Scottish Leaving Certificate Examination, 1953
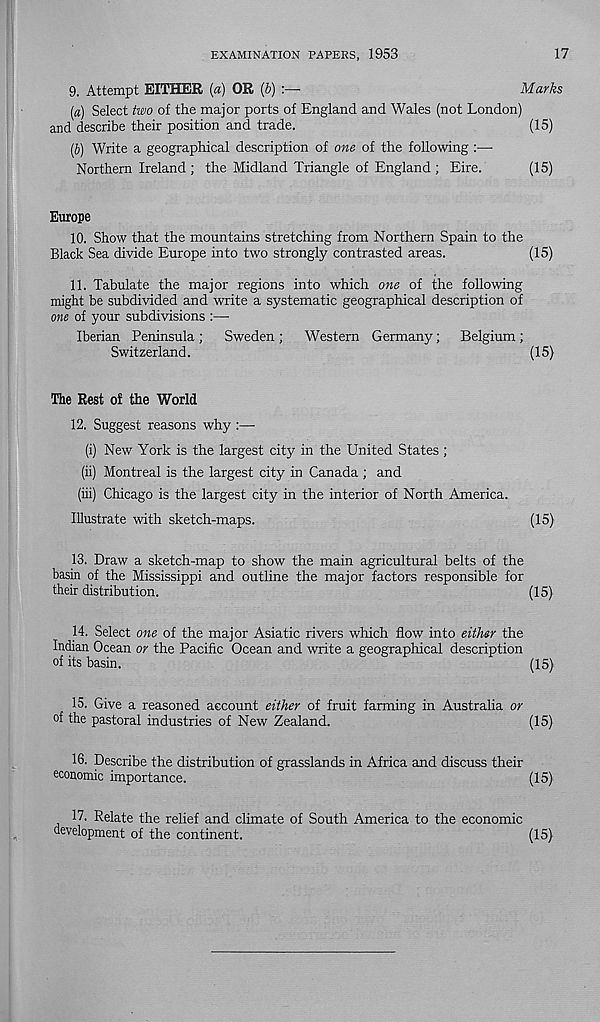
EXAMINATION PAPERS, 1953
17
9.
Attempt EITHER (a) OR [b) :—
(a) Select two of the major ports of England and Wales (not London)
and describe their position and trade.
(15)
(J) Write a geographical description of one of the following :—■
Northern Ireland ; the Midland Triangle of England ; Eire.
(15)
Europe
10. Show that the mountains stretching from Northern Spain to the
Black Sea divide Europe into two strongly contrasted areas.
(15)
11. Tabulate the major regions into which one of the following
might be subdivided and write a systematic geographical description of
one of your subdivisions :—
Iberian Peninsula ; Sweden ; Western Germany; Belgium ;
Switzerland.
(15)
The Rest of the World
12.
Suggest reasons why :—
(i) New York is the largest city in the United States ;
(ii) Montreal is the largest city in Canada ; and
(iii) Chicago is the largest city in the interior of North America.
Illustrate with sketch-maps.
(15)
13. Draw a sketch-map to show the main agricultural belts of the
basin of the Mississippi and outline the major factors responsible for
their distribution.
(15)
14. Select one of the major Asiatic rivers which flow into either the
Indian Ocean or the Pacific Ocean and write a geographical description
of its basin.
(15)
15. Give a reasoned account either of fruit farming in Austraha or
of the pastoral industries of New Zealand.
(15)
16. Describe the distribution of grasslands in Africa and discuss their
economic importance.
(15)
17. Relate the relief and climate of South America to the economic
development of the continent.
(15)